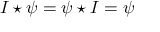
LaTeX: { \cal I } \star \psi = \psi \star { \cal I } = \psi